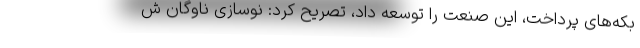
بکه‌های پرداخت، این صنعت را توسعه داد، تصریح کرد: نوسازی ناوگان ش